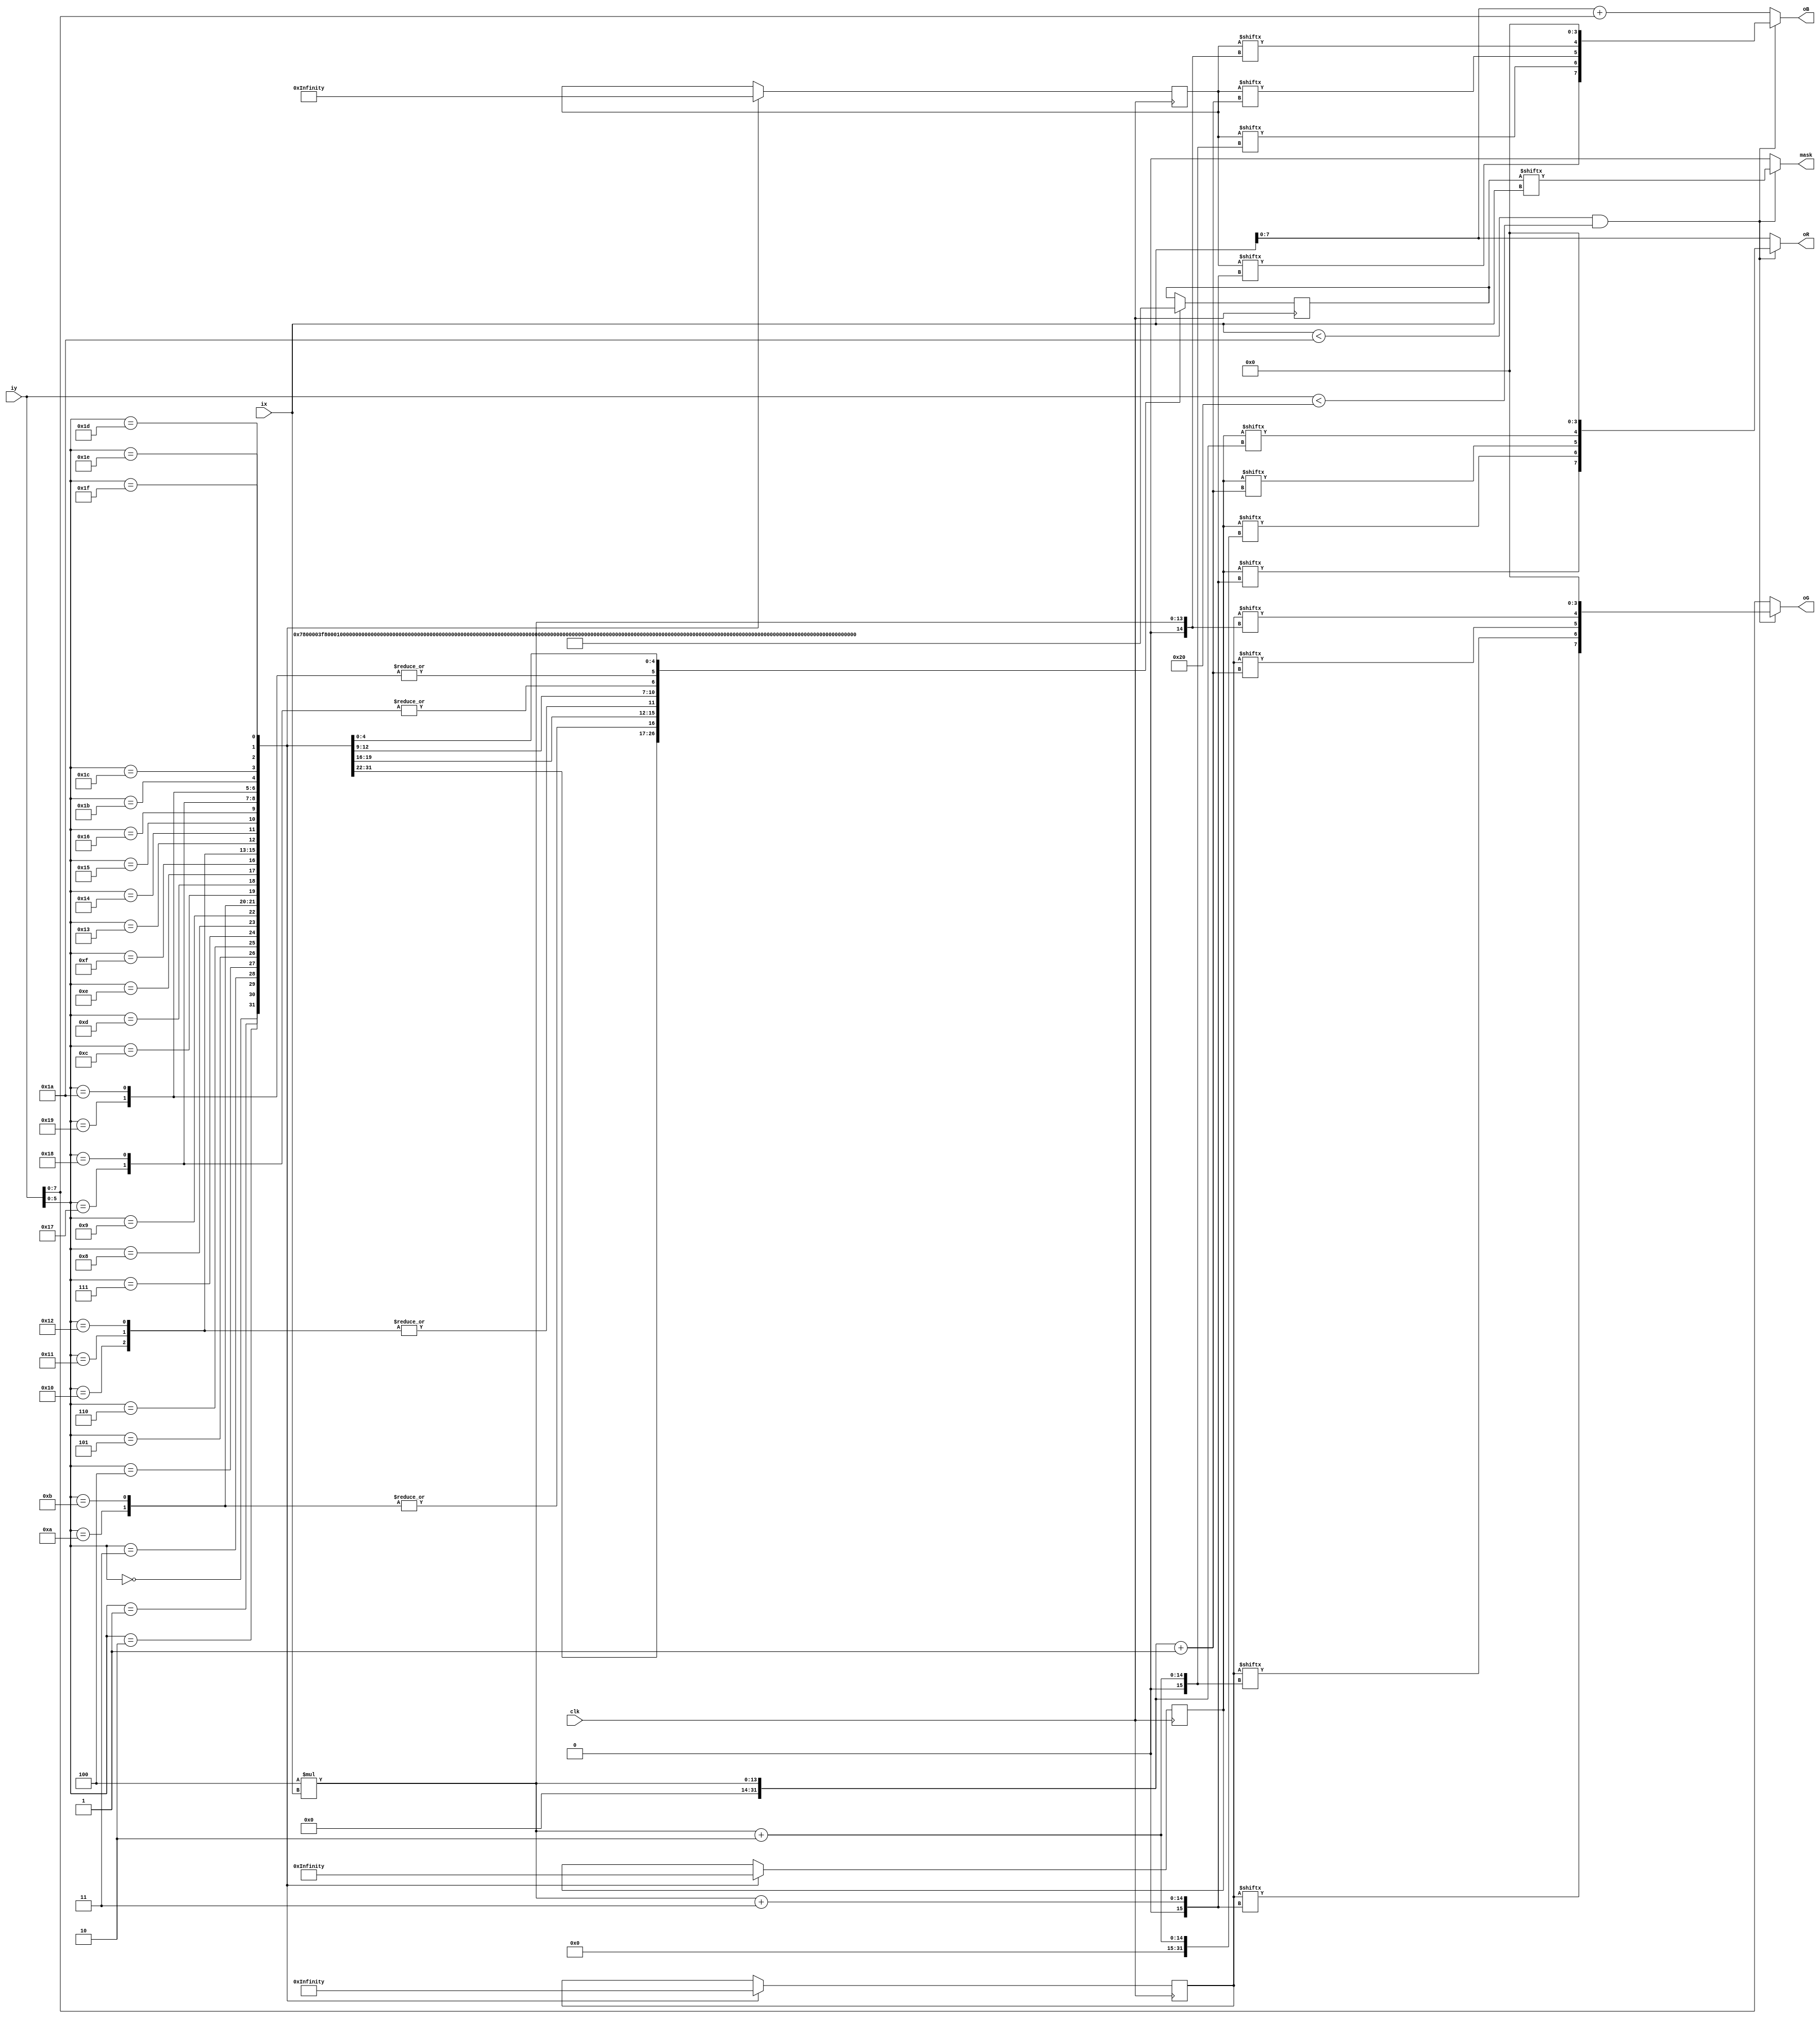
module mario(ix,iy,oR,oG,oB,mask,clk);
input clk;
input [10:0] ix;
input [10:0] iy;
output [7:0] oR;
output [7:0] oG;
output [7:0] oB;
output mask;
reg [104:0] mario_r;
reg [104:0] mario_g;
reg [104:0] mario_b;
reg [26:0] mario_a;
parameter x_size = 26,y_size = 32;
wire mask;

assign oR = (ix<x_size&&iy<y_size)?{mario_r[4*ix+3],mario_r[4*ix+2],mario_r[4*ix+1],mario_r[4*ix],4'b0000}:{ix[7:0]};
assign oG = (ix<x_size&&iy<y_size)?{mario_g[4*ix+3],mario_g[4*ix+2],mario_g[4*ix+1],mario_g[4*ix],4'b0000}:{iy[7:0]};
assign oB = (ix<x_size&&iy<y_size)?{mario_b[4*ix+3],mario_b[4*ix+2],mario_b[4*ix+1],mario_b[4*ix],4'b0000}:{ix+iy}; 
assign mask = (ix<x_size&&iy<y_size)?{mario_a[ix]}:0; 
always @(posedge clk)
begin
case(iy[5:0])
6'd0:mario_r=104'h000000feeffffff00000000000;
6'd1:mario_r=104'h000008defffffff00000000000;
6'd2:mario_r=104'h0000fbdeffffffff0000000000;
6'd3:mario_r=104'h0000acdeffffffeeffed000000;
6'd4:mario_r=104'h0000bcdeffffffffec98000000;
6'd5:mario_r=104'h000abcdefffffedca888000000;
6'd6:mario_r=104'h000aacdefffeec988880000000;
6'd7:mario_r=104'h009aabddedccdebba8ff000000;
6'd8:mario_r=104'hfaaaaabbb9adffb9efffff0000;
6'd9:mario_r=104'haaa999abb779dfc8cfffff0000;
6'd10:mario_r=104'hbaa999cfea77cfb56adfff0000;
6'd11:mario_r=104'hbba999dfeebaefe5138cef0000;
6'd12:mario_r=104'hfbba86afeefffffe8223c00000;
6'd13:mario_r=104'h0aba767addeefeeeeb21000000;
6'd14:mario_r=104'h00dc987679bddddeee0cdeff00;
6'd15:mario_r=104'hcdeffedcba977acddedddeffff;
6'd16:mario_r=104'hacdefffffffe92467cccedbeff;
6'd17:mario_r=104'h99bbeefddddee93657abdc9cee;
6'd18:mario_r=104'h9999bbcbaaaceb4ad357ad99cd;
6'd19:mario_r=104'h9988aaba689b9414922679979a;
6'd20:mario_r=104'h09988aba01221111111477bca8;
6'd21:mario_r=104'h000a986200000111111118bb99;
6'd22:mario_r=104'h0000754200000011111117987b;
6'd23:mario_r=104'h0000754100000001111116868a;
6'd24:mario_r=104'h0000743100000000001116667b;
6'd25:mario_r=104'h00005430000000000000156670;
6'd26:mario_r=104'h00095530000000000000155690;
6'd27:mario_r=104'h00084530000000000000355800;
6'd28:mario_r=104'h00865651000000000002457f00;
6'd29:mario_r=104'h00955674000100000004558000;
6'd30:mario_r=104'h00956787500000000000050000;
6'd31:mario_r=104'h00a56788a00000000000000000;
endcase
case(iy[5:0])
6'd0:mario_g=104'h00000001111115f00000000000;
6'd1:mario_g=104'h00000011111225c00000000000;
6'd2:mario_g=104'h00000111111223880000000000;
6'd3:mario_g=104'h00002111112222691111000000;
6'd4:mario_g=104'h00001111112221111111000000;
6'd5:mario_g=104'h00011111111111111111000000;
6'd6:mario_g=104'h00011111111112431110000000;
6'd7:mario_g=104'h002111111123689842ff000000;
6'd8:mario_g=104'h011111111137bdb9caceff0000;
6'd9:mario_g=104'h1111113652239ec899bdee0000;
6'd10:mario_g=104'h1111128ca6228ea4468acc0000;
6'd11:mario_g=104'h1111129daa75bec30158ab0000;
6'd12:mario_g=104'h0111116ddccbccca5101900000;
6'd13:mario_g=104'h00111126aa899a9aa810000000;
6'd14:mario_g=104'h00eb6531235667789a0cdfff00;
6'd15:mario_g=104'hdefffed51123345687cdefffff;
6'd16:mario_g=104'hbdeffffe42212332229deedfff;
6'd17:mario_g=104'habcdfffe51111257649bedbeff;
6'd18:mario_g=104'haabbdcdb3111125be669ceabde;
6'd19:mario_g=104'hbaaabbc921112446a5579aa8ab;
6'd20:mario_g=104'h0ba99bcb322344444446976665;
6'd21:mario_g=104'h000ba841333344444455356645;
6'd22:mario_g=104'h00003211333344445555445446;
6'd23:mario_g=104'h00004221333333444555444346;
6'd24:mario_g=104'h00004222233333334444433347;
6'd25:mario_g=104'h00003222233333333344433350;
6'd26:mario_g=104'h00052233222223333333332360;
6'd27:mario_g=104'h00052233333333333333323500;
6'd28:mario_g=104'h00532333333332000433324000;
6'd29:mario_g=104'h00632343333300000053336000;
6'd30:mario_g=104'h00623444400000000000000000;
6'd31:mario_g=104'h00523445500000000000000000;
endcase
case(iy[5:0])
6'd0:mario_b=104'h00000001111115f00000000000;
6'd1:mario_b=104'h00000011111115c00000000000;
6'd2:mario_b=104'h00000111111113880000000000;
6'd3:mario_b=104'h00002111111122691111000000;
6'd4:mario_b=104'h00001111111111111111000000;
6'd5:mario_b=104'h00011111111111111111000000;
6'd6:mario_b=104'h00011111111112321110000000;
6'd7:mario_b=104'h002111111113468732ff000000;
6'd8:mario_b=104'h0111111111159ab9989bcc0000;
6'd9:mario_b=104'h1111112440017bb9778abb0000;
6'd10:mario_b=104'h1111126984006b833568990000;
6'd11:mario_b=104'h1111127a77538a920146780000;
6'd12:mario_b=104'h0111104aa99899974101600000;
6'd13:mario_b=104'h00110004776677777610000000;
6'd14:mario_b=104'h00fb642011345556780cefff00;
6'd15:mario_b=104'heffffed51013334466deefffff;
6'd16:mario_b=104'hceffffff41123884329dffefff;
6'd17:mario_b=104'hccdefffe511114ba978cfeceff;
6'd18:mario_b=104'hccccedec411114976b99debcde;
6'd19:mario_b=104'hccbcdcda41114ac85cb8aba8ac;
6'd20:mario_b=104'h0ccbbcdca779bcdcbccb963223;
6'd21:mario_b=104'h000db943a99abcccdddd922222;
6'd22:mario_b=104'h00002103999abbcddeeda22113;
6'd23:mario_b=104'h000021139999abccddddb21123;
6'd24:mario_b=104'h000021357a999aabbcccc21124;
6'd25:mario_b=104'h0000104778999999aabba21120;
6'd26:mario_b=104'h000311488888899aa9aa821140;
6'd27:mario_b=104'h000311489988889aaaa9511200;
6'd28:mario_b=104'h0022112799a99a000ba8312000;
6'd29:mario_b=104'h0031111499aaf00000a4113000;
6'd30:mario_b=104'h00311112400000000000000000;
6'd31:mario_b=104'h00511112000000000000000000;
endcase
case(iy[5:0])
6'd0:mario_a=26'b00000000011110000000000000;
6'd1:mario_a=26'b00000001111111000000000000;
6'd2:mario_a=26'b00000011111111100000000000;
6'd3:mario_a=26'b00000111111111100000000000;
6'd4:mario_a=26'b00000111111111111110000000;
6'd5:mario_a=26'b00001111111111111110000000;
6'd6:mario_a=26'b00001111111111111100000000;
6'd7:mario_a=26'b00011111111111110000000000;
6'd8:mario_a=26'b00011111111111110011100000;
6'd9:mario_a=26'b00111111111111111111100000;
6'd10:mario_a=26'b01111111111111111111100000;
6'd11:mario_a=26'b01111111111111111111100000;
6'd12:mario_a=26'b00111111111111111110000000;
6'd13:mario_a=26'b00011111111111111100000000;
6'd14:mario_a=26'b00001111111111111000000000;
6'd15:mario_a=26'b00111111111111111001111100;
6'd16:mario_a=26'b11111111111111111111111110;
6'd17:mario_a=26'b11111111111111111111111110;
6'd18:mario_a=26'b11111111111111111111111110;
6'd19:mario_a=26'b01111111111111111111111110;
6'd20:mario_a=26'b00011110111111111110011110;
6'd21:mario_a=26'b00001100111111111111011111;
6'd22:mario_a=26'b00000111111111111111111111;
6'd23:mario_a=26'b00000111111111111111111110;
6'd24:mario_a=26'b00000111111111111111111110;
6'd25:mario_a=26'b00001111111111111111111100;
6'd26:mario_a=26'b00001111111111111111111100;
6'd27:mario_a=26'b00001111111111001111111000;
6'd28:mario_a=26'b00011111111100000001111000;
6'd29:mario_a=26'b00011111100000000000110000;
6'd30:mario_a=26'b00011110000000000000000000;
6'd31:mario_a=26'b00001110000000000000000000;
endcase
end
endmodule